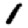
Digit: 1